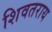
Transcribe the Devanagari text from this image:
शिवतराय